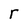
Character: r